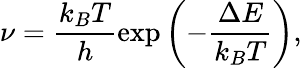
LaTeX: \nu=\frac{k_{B}T}{h}\exp\left(-\frac{\Delta E}{k_{B}T}\right),